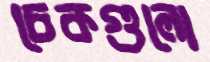
চেকগুলো